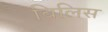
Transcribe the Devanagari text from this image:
बिलिस